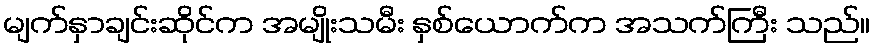
မျက်နှာချင်းဆိုင်က အမျိုးသမီး နှစ်ယောက်က အသက်ကြီး သည်။